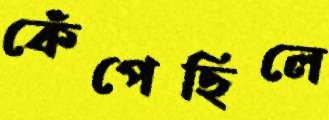
কেঁপেছিলে